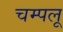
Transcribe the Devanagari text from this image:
चम्पलू